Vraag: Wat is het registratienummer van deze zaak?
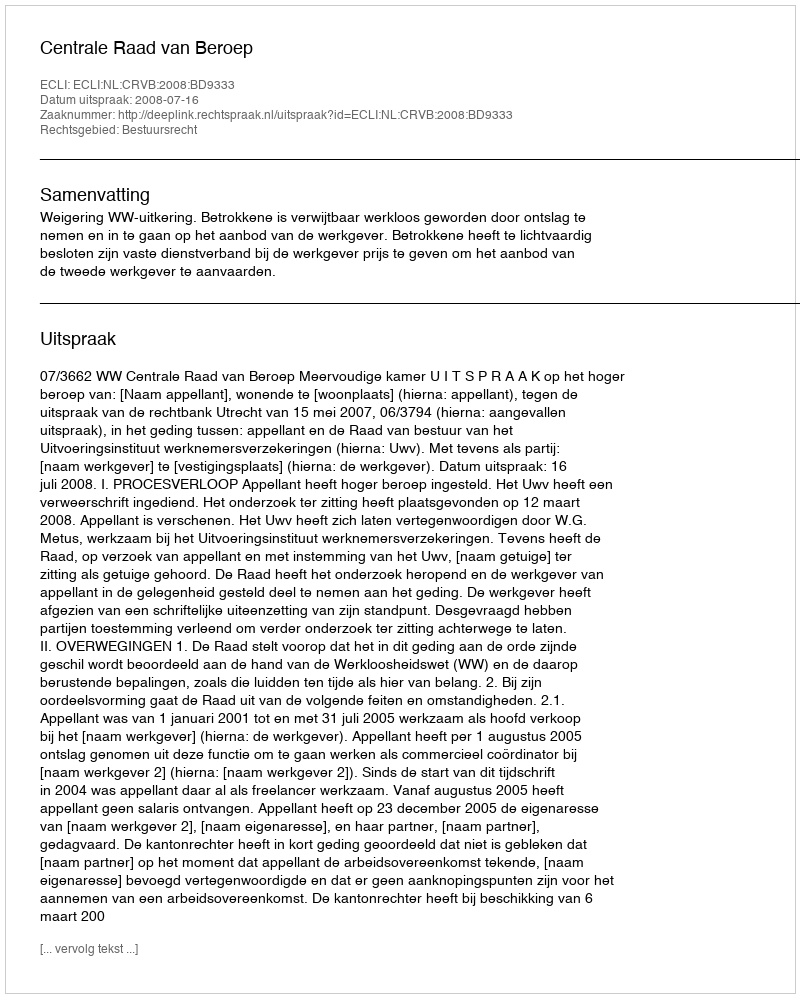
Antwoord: http://deeplink.rechtspraak.nl/uitspraak?id=ECLI:NL:CRVB:2008:BD9333